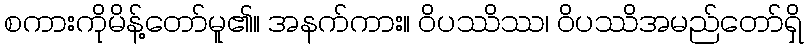
စကားကိုမိန့်တော်မူ၏။ အနက်ကား။ ဝိပဿိဿ၊ ဝိပဿိအမည်တော်ရှိ